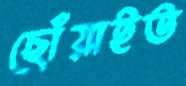
ছোঁয়াইত